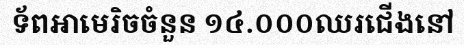
ទ័ពអាមេរិចចំនួន ១៤.០០០ឈរជើងនៅ